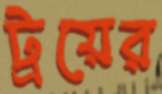
ট্রয়ের